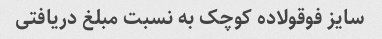
سایز فوقولاده کوچک به نسبت مبلغ دریافتی